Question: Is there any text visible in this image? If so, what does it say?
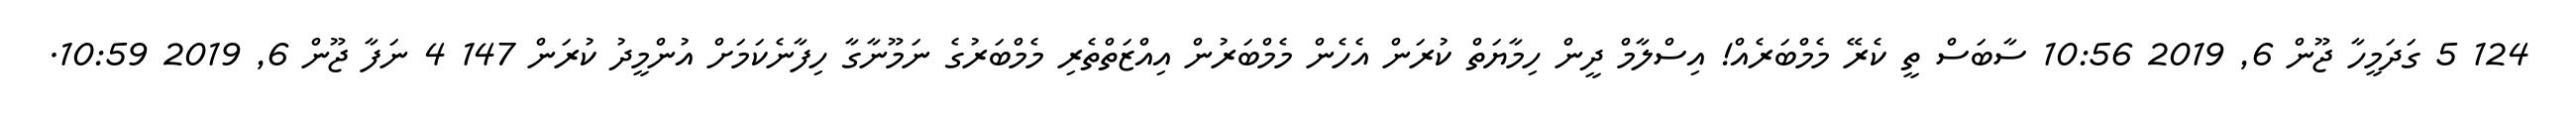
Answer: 124 5 ގަދަމީހާ ޖޫން 6, 2019 10:56 ސާބަސް ތީ ކެރޭ މެމްބަރެއް! އިސްލާމް ދީން ހިމާޔަތް ކުރަން އެހެން މެމްބަރުން އިއްޒަތްތެރި މެމްބަރުގެ ނަމޫނާގާ ހިފާނެކަމަށް އުންމީދު ކުރަން 147 4 ނަފާ ޖޫން 6, 2019 10:59.